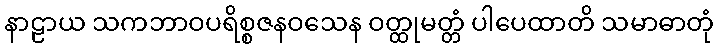
နာဠာယ သကဘာဝပရိစ္စဇနဝသေန ဝတ္ထုမတ္တံ ပါပေထာတိ သမာဓာတုံ